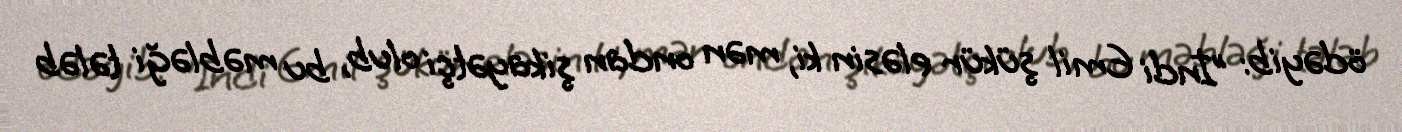
ödəyib: "İndi Emil şükür eləsin ki, mən ondan şikayətçi olub, bu məbləği tələb